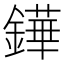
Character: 鏵